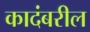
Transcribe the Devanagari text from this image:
कादंबरील